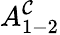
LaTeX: A_{1-2}^{\mathcal{C}}